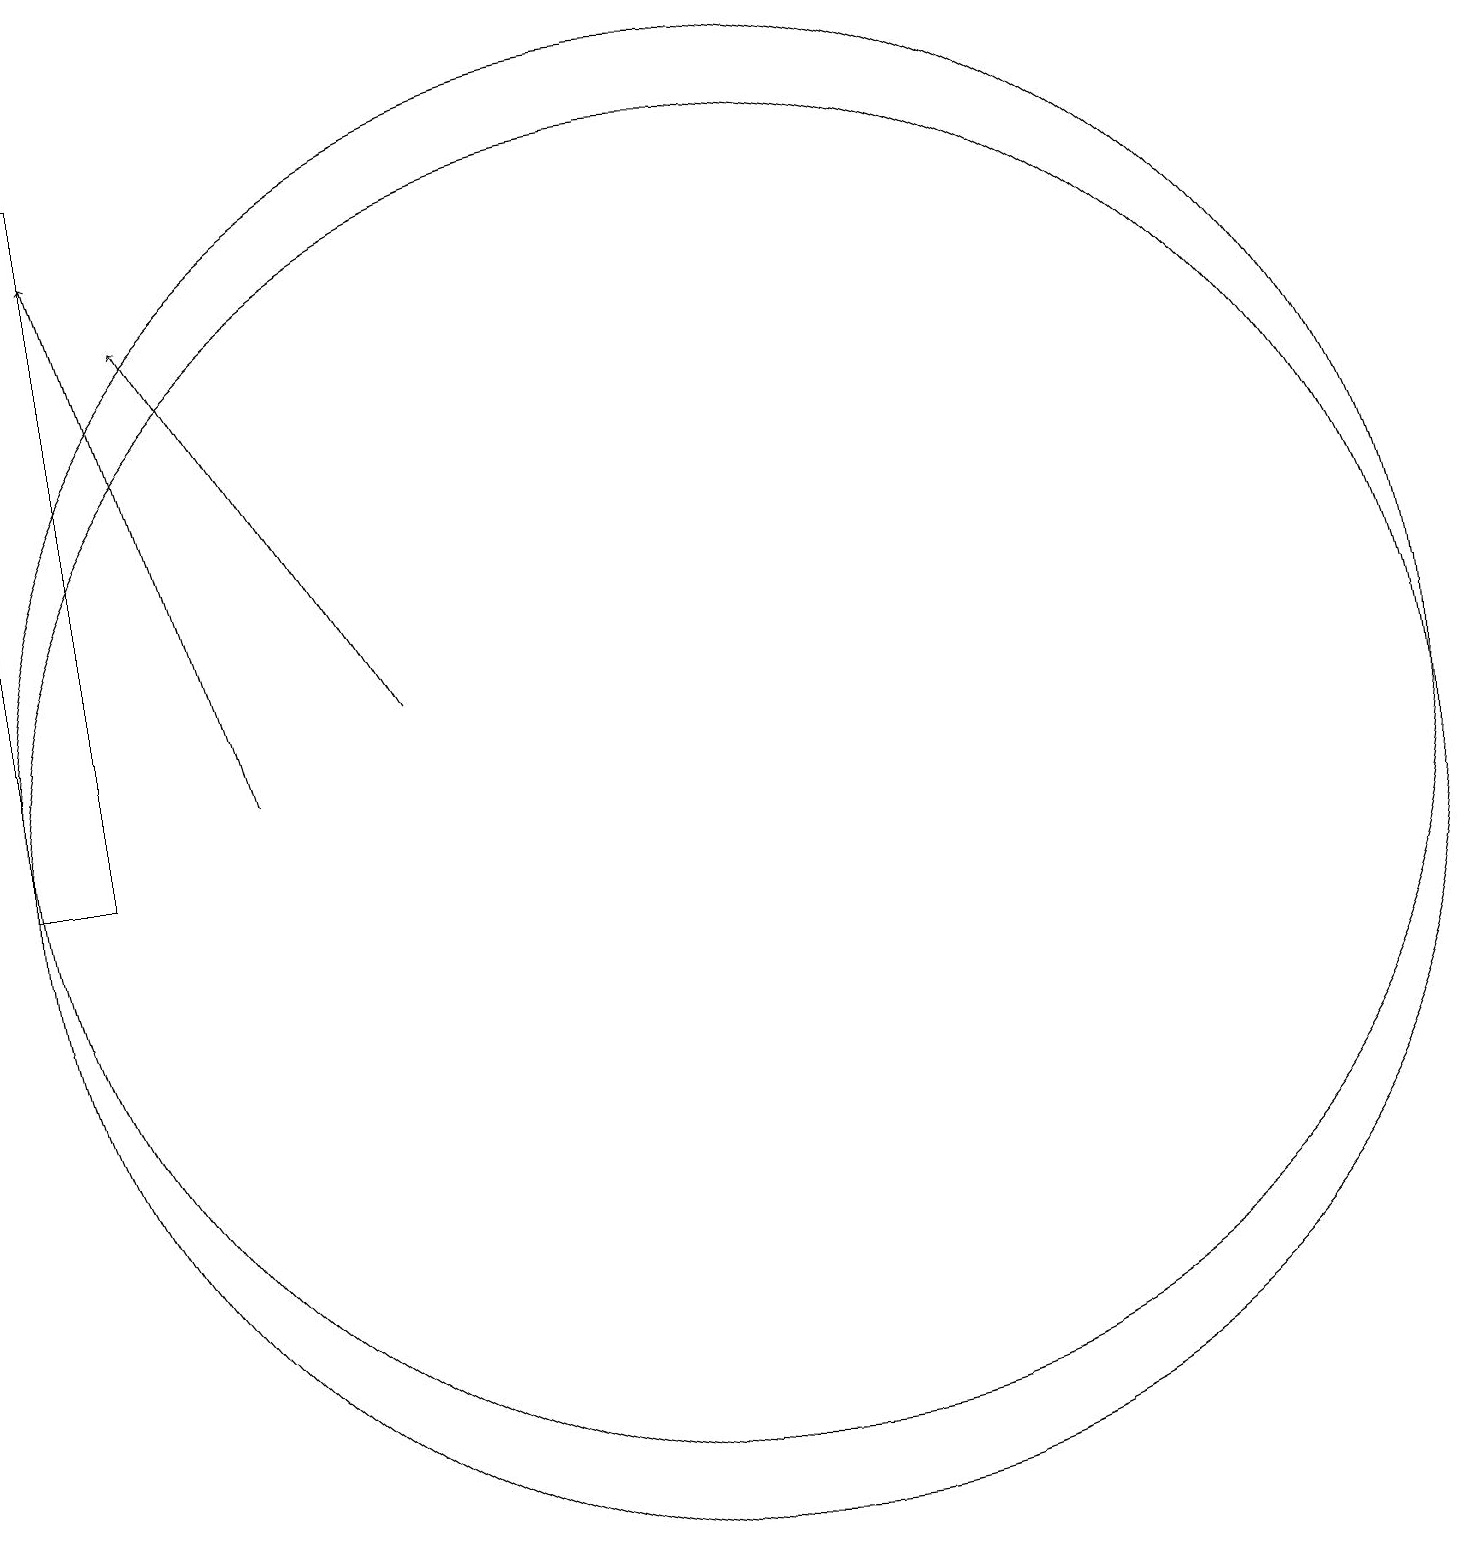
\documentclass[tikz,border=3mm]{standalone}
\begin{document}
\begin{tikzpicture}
\draw (3,19) rectangle (2,10);
\draw (11,11) circle (9);
\draw[->] (7,12) -- (4,17);
\draw (11,10) circle (9);
\draw[->] (5,11) -- (3,18);
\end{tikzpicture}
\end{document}